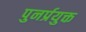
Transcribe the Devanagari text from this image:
पुनर्प्रयुक्त